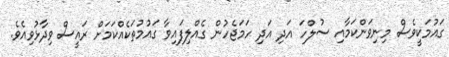
ގައުމަކީވެސް މިނިވަންކަމާއި ސުލްހަ އަދި އަދި ހަމަޖެހުން ގެއްލިފައިވާ ގައުމުތަކެއްކަމަށް ރައީސް ވިދާޅުވިއެވެ.